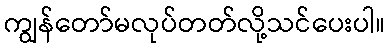
ကျွန်တော်မလုပ်တတ်လို့သင်ပေးပါ။